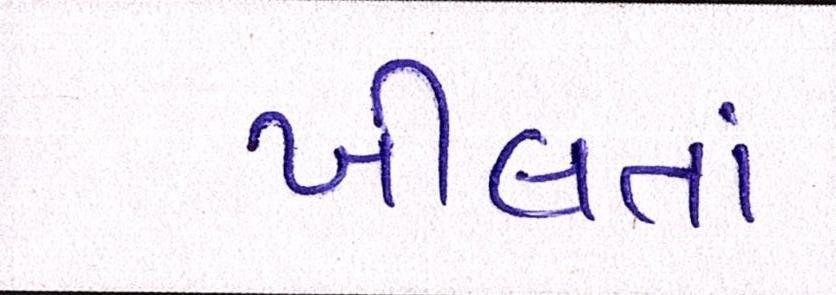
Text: ખીલતાં